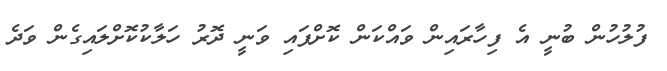
ފުލުހުން ބުނީ އެ ފިހާރައިން ވައްކަން ކޮށްފައި ވަނީ ދޮރު ހަލާކުކޮށްލައިގެން ވަދެ